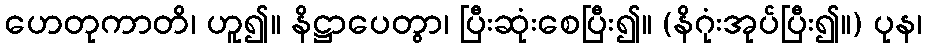
ဟေတုကာတိ၊ ဟူ၍။ နိဋ္ဌာပေတွာ၊ ပြီးဆုံးစေပြီး၍။ (နိဂုံးအုပ်ပြီး၍။) ပုန၊